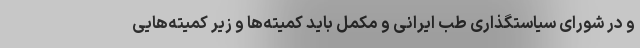
و در شورای سیاستگذاری طب ایرانی و مکمل باید کمیته‌ها و زیر کمیته‌هایی